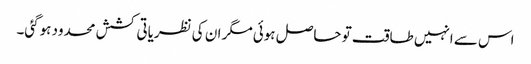
اس سے انہیں طاقت تو حاصل ہوئی مگر ان کی نظریاتی کشش محدود ہوگئی۔